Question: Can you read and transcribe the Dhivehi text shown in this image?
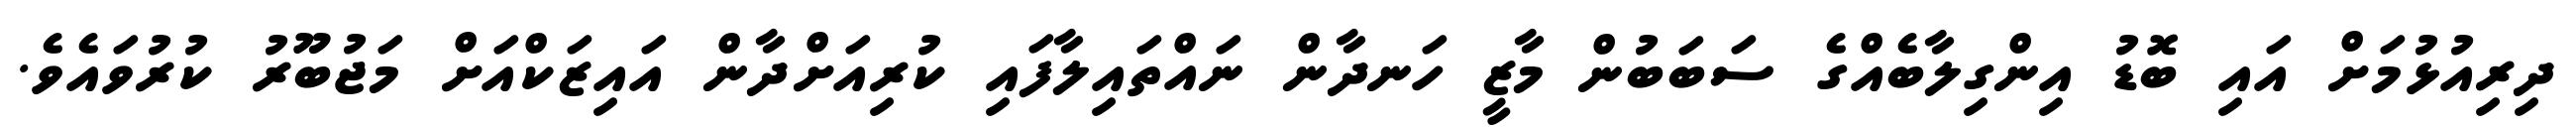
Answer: ދިރިއުޅުމަށް އައި ބޮޑު އިންގިލާބެއްގެ ސަބަބުން މާޒީ ހަނދާން ނައްތައިލާފައި ކުރިއަށްދާން އައިޒަކްއަށް މަޖުބޫރު ކުރުވައެވެ.